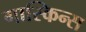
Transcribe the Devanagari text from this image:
गास्किन्स